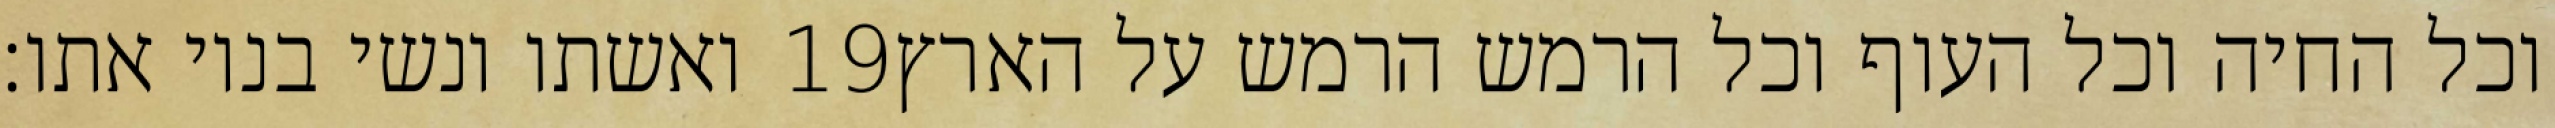
ואשתו ונשי בניו אתו׃ ‎19‏ וכל החיה וכל העוף וכל הרמש הרמש על הארץ